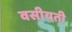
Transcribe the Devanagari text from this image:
वसीयती